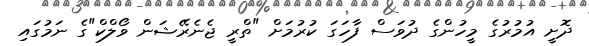
ދޮށީ އުމުރުގެ މީހުންގެ ދުވަސް ފާހަގަ ކުރުމަށް "ތްރީ ޖެނެރޭޝަން ވޯލްކް"ގެ ނަމުގައި